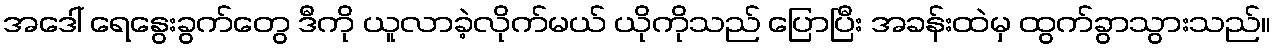
အဒေါ် ရေနွေးခွက်တွေ ဒီကို ယူလာခဲ့လိုက်မယ် ယိုကိုသည် ပြောပြီး အခန်းထဲမှ ထွက်ခွာသွားသည်။